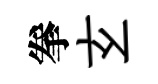
拳𤣥